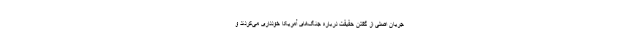
جریان اصلی از گفتن حقیقت درباره جنگ‌های آمریکا خودداری می‌کردند و